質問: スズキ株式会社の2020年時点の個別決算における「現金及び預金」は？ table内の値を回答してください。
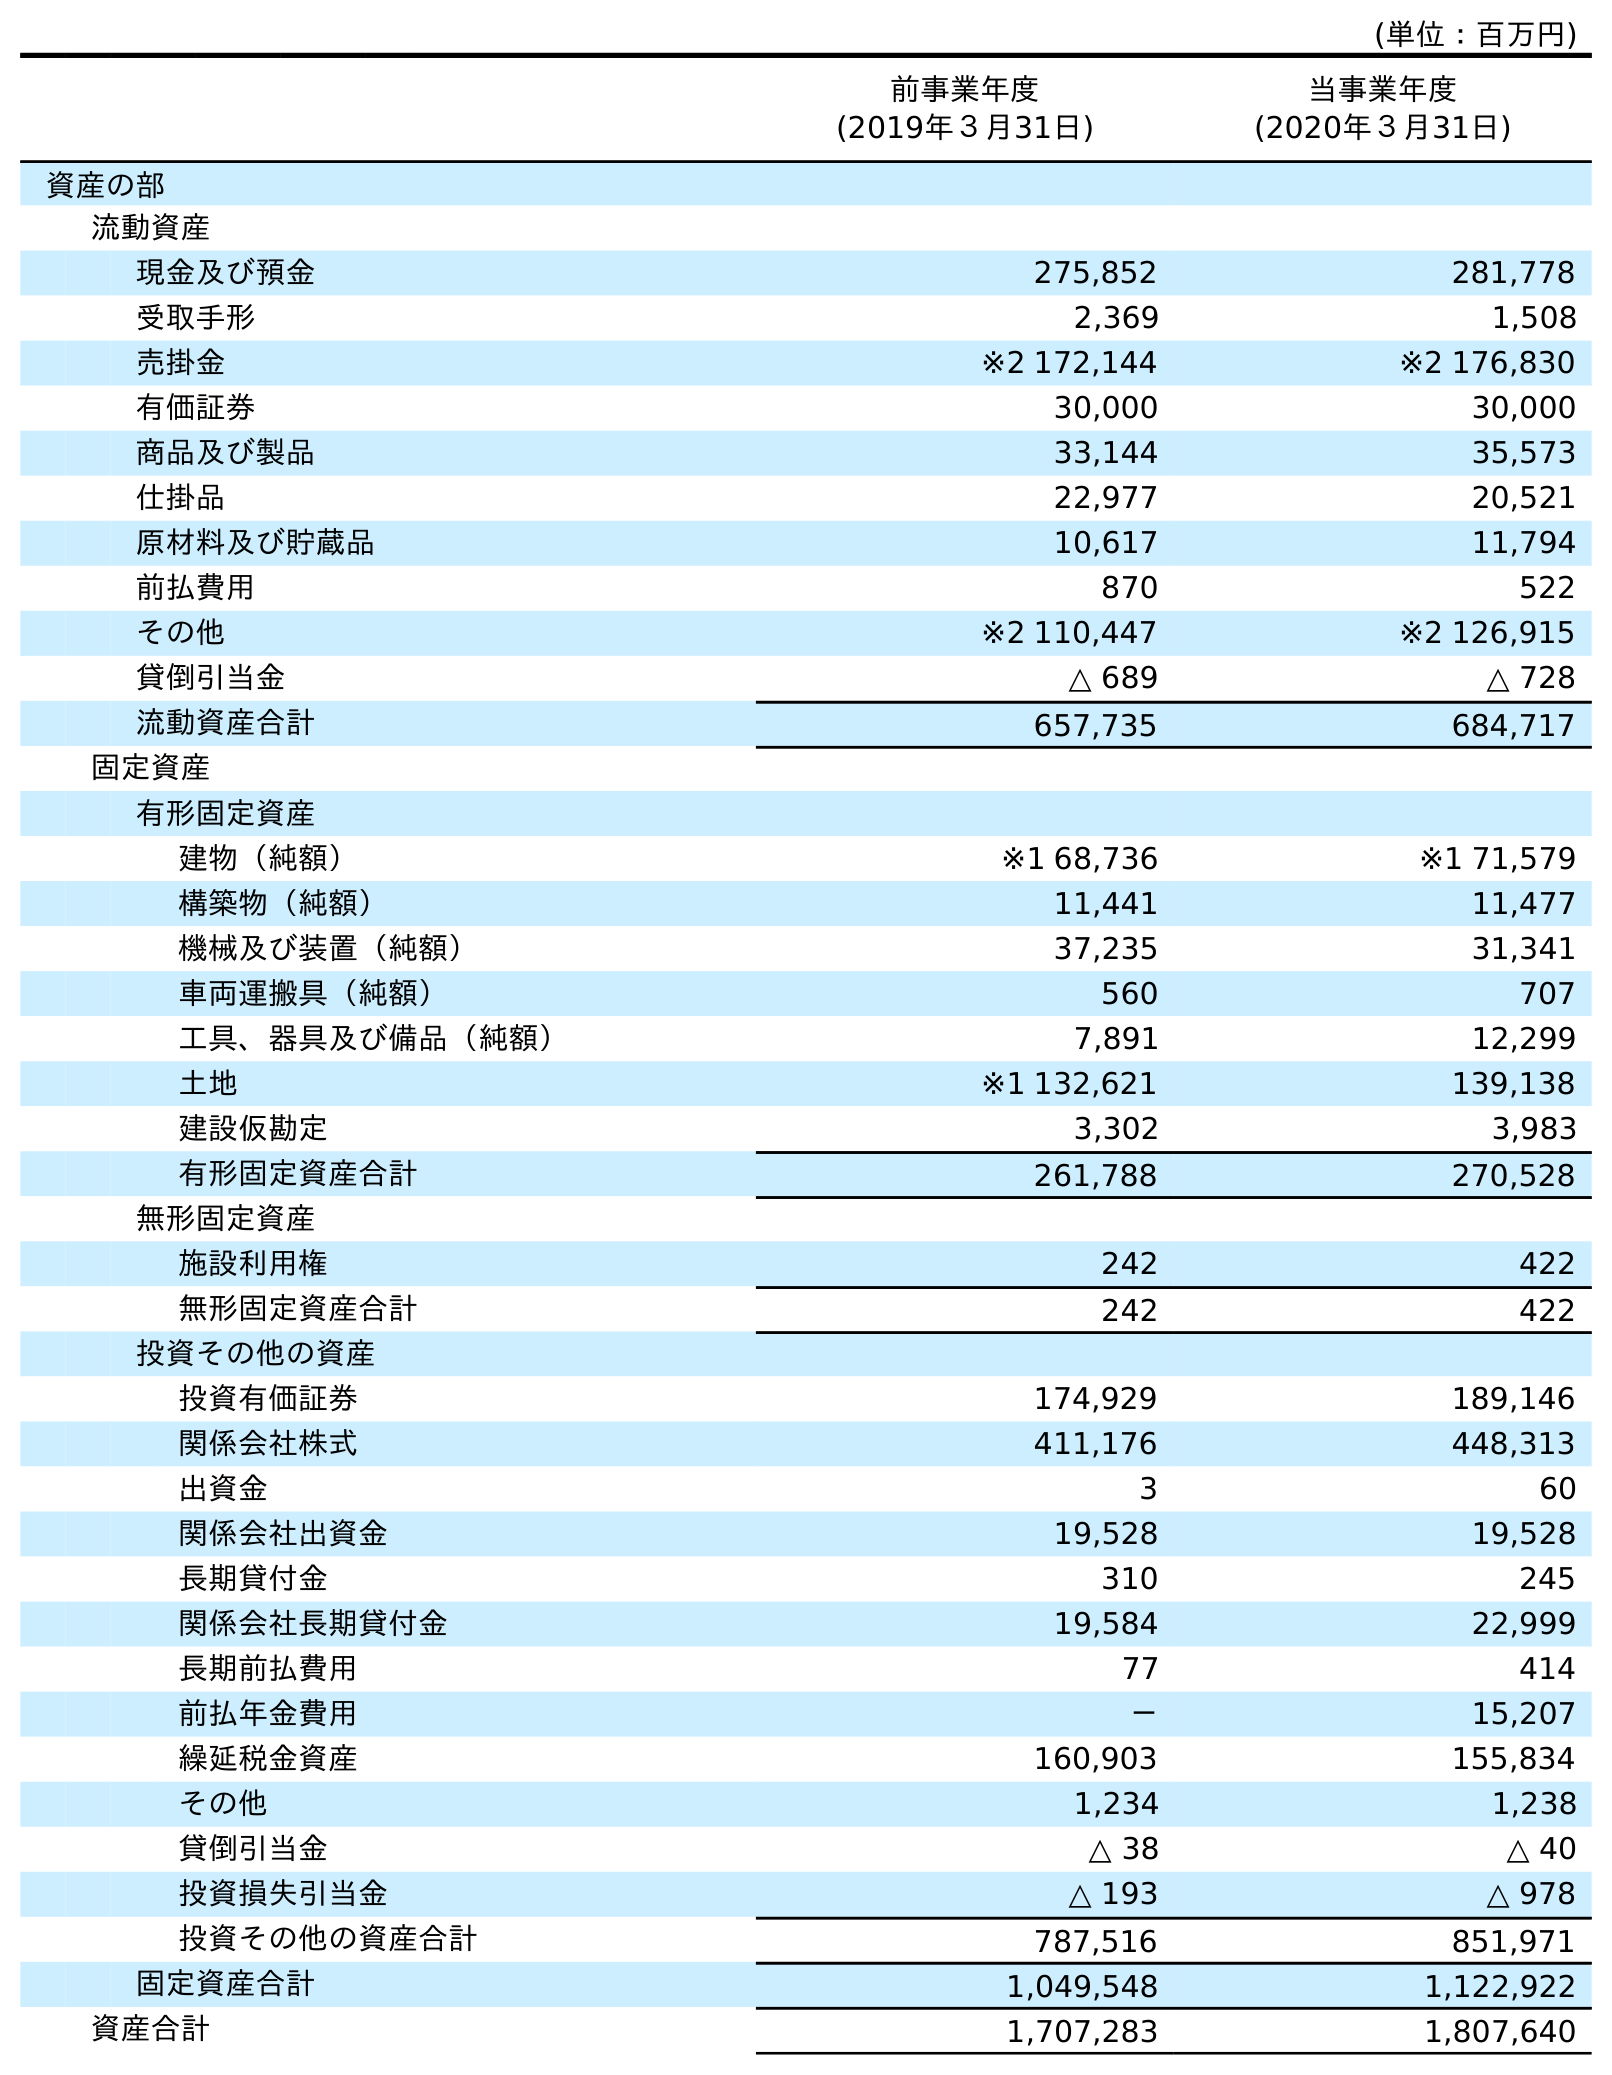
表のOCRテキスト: (単位：百万円) 前事業年度 (2019年３月31日) 当事業年度 (2020年３月31日) 資産の部 流動資産 現金及び預金 275,852 281,778 受取手形 2,369 1,508 売掛金 ※2 172,144 ※2 176,830 有価証券 30,000 30,000 商品及び製品 33,144 35,573 仕掛品 22,977 20,521 原材料及び貯蔵品 10,617 11,794 前払費用 870 522 その他 ※2 110,447 ※2 126,915 貸倒引当金 △ 689 △ 728 流動資産合計 657,735 684,717 固定資産 有形固定資産 建物（純額） ※1 68,736 ※1 71,579 構築物（純額） 11,441 11,477 機械及び装置（純額） 37,235 31,341 車両運搬具（純額） 560 707 工具、器具及び備品（純額） 7,891 12,299 土地 ※1 132,621 139,138 建設仮勘定 3,302 3,983 有形固定資産合計 261,788 270,528 無形固定資産 施設利用権 242 422 無形固定資産合計 242 422 投資その他の資産 投資有価証券 174,929 189,146 関係会社株式 411,176 448,313 出資金 3 60 関係会社出資金 19,528 19,528 長期貸付金 310 245 関係会社長期貸付金 19,584 22,999 長期前払費用 77 414 前払年金費用 － 15,207 繰延税金資産 160,903 155,834 その他 1,234 1,238 貸倒引当金 △ 38 △ 40 投資損失引当金 △ 193 △ 978 投資その他の資産合計 787,516 851,971 固定資産合計 1,049,548 1,122,922 資産合計 1,707,283 1,807,640
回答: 281,778